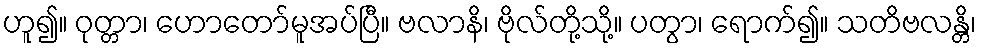
ဟူ၍။ ဝုတ္တာ၊ ဟောတော်မူအပ်ပြီ။ ဗလာနိ၊ ဗိုလ်တို့သို့။ ပတွာ၊ ရောက်၍။ သတိဗလန္တိ၊